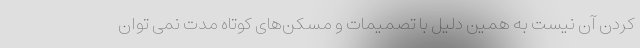
کردن آن نیست به همین دلیل با تصمیمات و مسکن‌های کوتاه مدت نمی توان